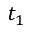
t _ { 1 }